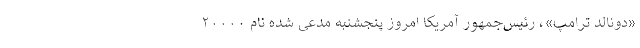
«دونالد ترامپ»، رئیس‌جمهور آمریکا امروز پنجشنبه مدعی شده نام ۲۰۰۰۰